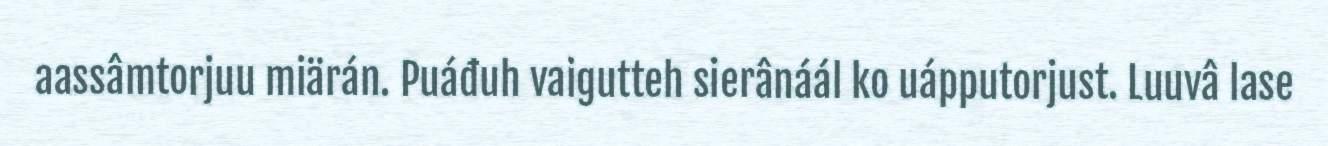
aassâmtorjuu miärán. Puáđuh vaigutteh sierânáál ko uápputorjust. Luuvâ lase